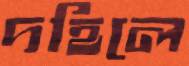
দহিলে